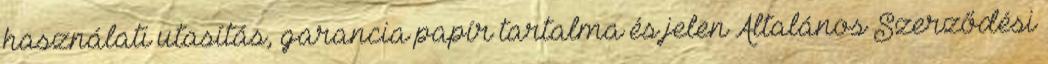
használati utasítás, garancia papír tartalma és jelen Általános Szerződési